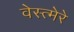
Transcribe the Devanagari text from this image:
वेस्त्मेरे